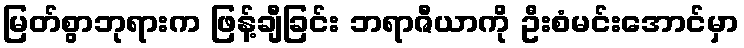
မြတ်စွာဘုရားက ဖြန့်ချီခြင်း ဘရာဇီယာကို ဦးစံမင်းအောင်မှာ